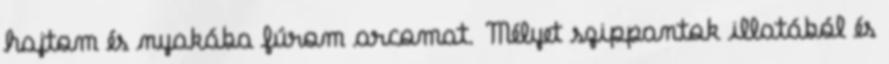
hajtom és nyakába fúrom arcomat. Mélyet szippantok illatából és